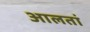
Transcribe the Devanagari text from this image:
आलतां